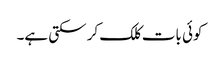
کوئی بات کلک کر سکتی ہے۔